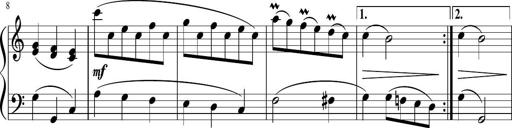
Title: 12 Keyboard Sonatinas
Composer: James Hook